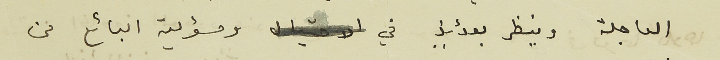
العاجلة وينظر بعدئذٍ في ومسؤلية البائع من